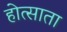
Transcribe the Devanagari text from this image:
होत्साता